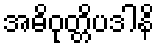
အဓိဝုတ္တိပဒါနိ